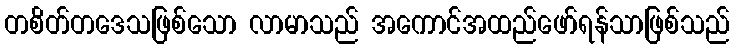
တစိတ်တဒေသဖြစ်သော လာမာသည် အကောင်အထည်ဖော်ရန်သာဖြစ်သည်